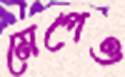
মেপেও